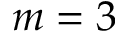
m = 3